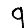
Digit: 9